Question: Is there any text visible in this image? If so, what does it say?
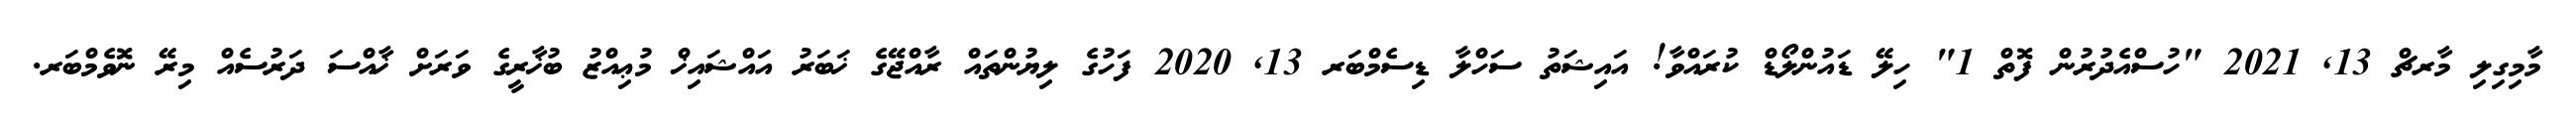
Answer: މާމިގިލި މާރޗް 13, 2021 "ހުސްއެދުރުން ފޮތް 1" ހިލޭ ޑައުންލޯޑް ކުރައްވާ! އައިޝަތު ސަހްލާ ޑިސެމްބަރ 13, 2020 ފަހުގެ ލިޔުންތައް ރާއްޖޭގެ ޚަބަރު އައްޝައިޚް މުޢިއްޒު ބުޚާރީގެ ވަރަށް ޚާއްސަ ދަރުސެއް މިރޭ ނޮވެމްބަރ.